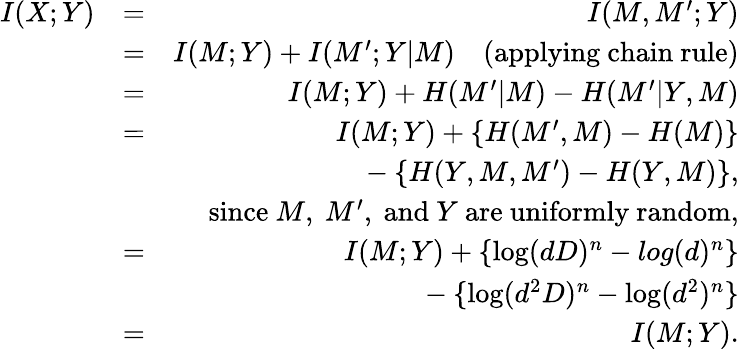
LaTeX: \begin{array}{rlr}{I(X;Y)}&{=}&{I(M,M^{\prime};Y)}\\ &{=}&{I(M;Y)+I(M^{\prime};Y|M)~~~~\mathrm{(applying~chain~rule)}}\\ &{=}&{I(M;Y)+H(M^{\prime}\vert M)-H(M^{\prime}\vert Y,M)}\\ &{=}&{I(M;Y)+\{ H(M^{\prime},M)-H(M)\} }\\ &{~}&{~~~~~~~~~~~~~-\{ H(Y,M,M^{\prime})-H(Y,M)\} ,}\\ &{~}&{\mathrm{since}~M,~M^{\prime},~\mathrm{and}~Y~\mathrm{are~uniformly~random},}\\ &{=}&{I(M;Y)+\{ \log(dD)^{n}-log(d)^{n}\} }\\ &{~}&{~~~~~~~~~~~~~-\{ \log(d^{2}D)^{n}-\log(d^{2})^{n}\} }\\ &{=}&{I(M;Y).}\end{array}